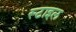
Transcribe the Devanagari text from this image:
स्‍टाइल